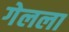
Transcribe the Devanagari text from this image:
गेलला